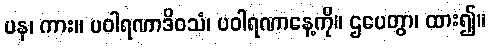
ပန၊ ကား။ ပဝါရဏာဒိဝသံ၊ ပဝါရဏာနေ့ကို။ ဌပေတွာ၊ ထား၍။